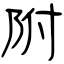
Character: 附